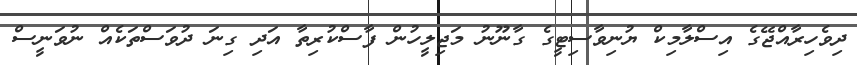
ދިވެހިރާއްޖޭގެ އިސްލާމިކް ޔުނިވާސިޓީގެ ގާނޫނު މަޖިލީހުން ފާސްކުރިތާ އަދި ގިނަ ދުވަސްތަކެއް ނުވަނީސް